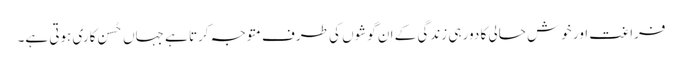
فراغت اور خوش حالی کا دور ہی زندگی کے ان گوشوں کی طرف متوجہ کرتا ہے جہاں حُسن کاری ہوتی ہے۔